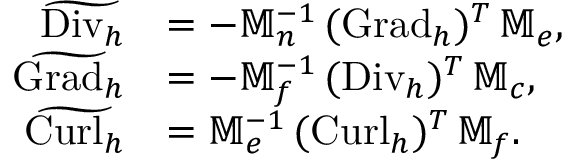
\begin{array} { r l } { \widetilde { \mathrm { D i v } _ { h } } } & { = - \mathbb { M } _ { n } ^ { - 1 } \, ( { \mathrm { G r a d } _ { h } } ) ^ { T } \, \mathbb { M } _ { e } , } \\ { \widetilde { \mathrm { G r a d } _ { h } } } & { = - \mathbb { M } _ { f } ^ { - 1 } \, ( { \mathrm { D i v } _ { h } } ) ^ { T } \, \mathbb { M } _ { c } , } \\ { \widetilde { \mathrm { C u r l } _ { h } } } & { = \mathbb { M } _ { e } ^ { - 1 } \, ( { \mathrm { C u r l } _ { h } } ) ^ { T } \, \mathbb { M } _ { f } . } \end{array}